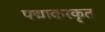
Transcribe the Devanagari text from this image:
पद्माकरकृत